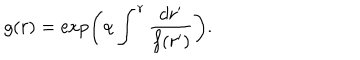
LaTeX: g ( r ) = \exp \left( \alpha \int ^ { r } { \frac { d r ^ { \prime } } { f ( r ^ { \prime } ) } } \right) .